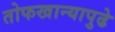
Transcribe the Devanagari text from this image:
तोफखान्यापुढे